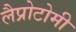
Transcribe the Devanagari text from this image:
लैप्रोटोमी